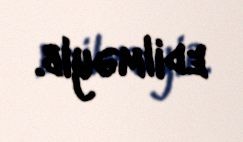
edilməyib.